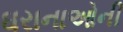
ઘરાનાઓની